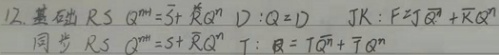
12. 基础
\(RS: Q^{n + 1}=\overline{S}+\overline{R}Q^{n}\)
\(D: Q^{n + 1}=D\)
\(JK: Q^{n + 1}=J\overline{Q^{n}}+\overline{K}Q^{n}\)
同步 \(RS: Q^{n + 1}=S+\overline{R}Q^{n}\)
\(T: Q^{n + 1}=T\overline{Q^{n}}+\overline{T}Q^{n}\)